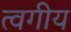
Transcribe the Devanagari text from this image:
त्वगीय